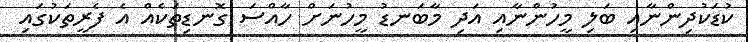
ކުޑަކުދިންނާއި ބަލި މީހުންނާއި އަދި މާބަނޑު މީހުނަށް ހާއްސަ ގޮނޑިތަކެއް އެ ފެރީތަކުގައި